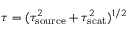
\tau = ( \tau _ { \mathrm { s o u r c e } } ^ { 2 } + \tau _ { \mathrm { s c a t } } ^ { 2 } ) ^ { 1 / 2 }